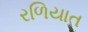
રળિયાત